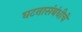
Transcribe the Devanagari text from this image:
घटनासंबंधीचे